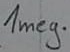
Text: 1meg.